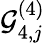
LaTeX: \mathcal{G}_{4,j}^{(4)}